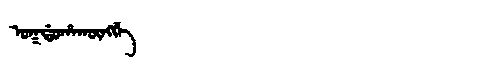
Manchu: ᠣᡴᡩᠣᡥᠠᡴᡡᠩᡤᡝ
Romanization: OKDOHAKŪNGGE